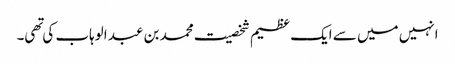
انہیں میں سے ایک عظیم شخصیت محمد بن عبد الوہاب کی تهی۔